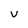
Character: V